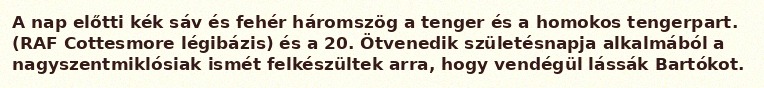
A nap előtti kék sáv és fehér háromszög a tenger és a homokos tengerpart. (RAF Cottesmore légibázis) és a 20. Ötvenedik születésnapja alkalmából a nagyszentmiklósiak ismét felkészültek arra, hogy vendégül lássák Bartókot.